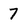
Character: 7